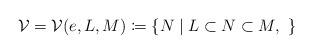
LaTeX: \begin{align*}\mathcal V = \mathcal V(e, L, M) \coloneqq \{N\mid L\subset N \subset M,\ \}\end{align*}